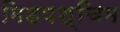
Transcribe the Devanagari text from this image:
मिडपश्चिम